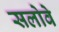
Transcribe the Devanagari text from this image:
सलोवे